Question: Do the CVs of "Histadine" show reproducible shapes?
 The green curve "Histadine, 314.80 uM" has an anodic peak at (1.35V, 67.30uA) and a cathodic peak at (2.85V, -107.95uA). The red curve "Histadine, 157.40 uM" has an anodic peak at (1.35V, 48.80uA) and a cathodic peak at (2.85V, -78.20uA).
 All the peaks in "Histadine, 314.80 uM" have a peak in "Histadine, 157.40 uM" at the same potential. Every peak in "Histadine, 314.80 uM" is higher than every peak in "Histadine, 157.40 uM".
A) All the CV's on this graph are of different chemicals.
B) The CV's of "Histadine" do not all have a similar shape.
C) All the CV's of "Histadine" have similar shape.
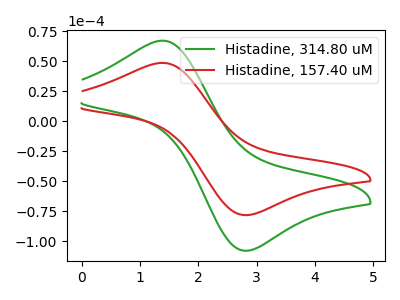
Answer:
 <answer>C) All the CV's of "Histadine" have similar shape.</answer>
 <eval>C</eval>